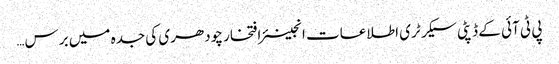
پی ٹی آئی کے ڈپٹی سیکرٹری اطلاعات انجینئر افتخار چودھری کی جدہ میں برس…